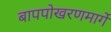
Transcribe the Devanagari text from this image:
बापपोखरणमार्गे